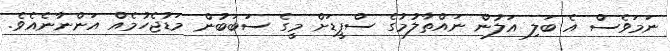
ނަމަވެސް އެ ބަލި އަލުން ނައްތާލުމުގެ ސްޕީޑަށް މީގެ ސަބަބުން މަޑުޖެހުމެއް އަންނާނެއެވެ.